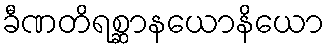
ခီဏတိရစ္ဆာနယောနိယော